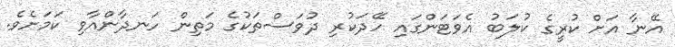
އޭނާ އަށް ކުރީގެ ކުލަބު އެވަޓަންގައި ހޭދަކުރި ދުވަސްތަކުގެ މަތިން ހަނދާންއާވި ކަމަށެވެ.